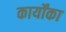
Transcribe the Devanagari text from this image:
कार्योंका